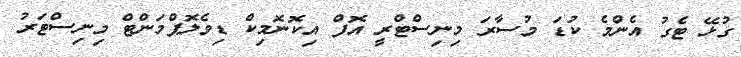
ގުޅޭ ޓެގު އެންމެ ކުޑަ މުސާރަ މިނިސްޓްރީ އޮފް އިކޮނޮމިކް ޑިވެލޮޕްމަންޓް މިނިސްޓަރު